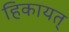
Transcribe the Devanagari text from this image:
हिकायत्‌